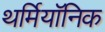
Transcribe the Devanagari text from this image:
थर्मियॉनिक